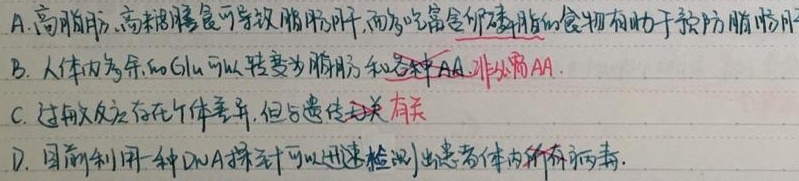
A. 高脂肪、高糖膳食可导致脂肪肝，而多吃富含卵磷脂的食物有助于预防脂肪肝
B. 人体内多余的Glu可以转变为脂肪和各种AA（非必需AA）
C. 过敏反应存在个体差异，但与遗传无关（有关）
D. 目前利用一种DNA探针可以迅速检测出患者体内所有病毒。